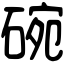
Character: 碗